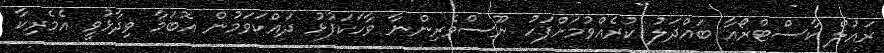
ރައުލް ކާސްޓްރޯއާ ބައްދަލު ކުރެއްވުމަށްފަހު ނޫސްވެރިންނާ ވާހަކަފުޅު ދައްކަވަމުން އޮބަމާ ވިދާޅުވީ އެމެރިކާ